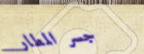
جسر المطار